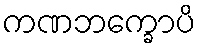
ကဏဘက္ခောပိ